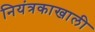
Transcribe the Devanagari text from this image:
नियंत्रकाखाली